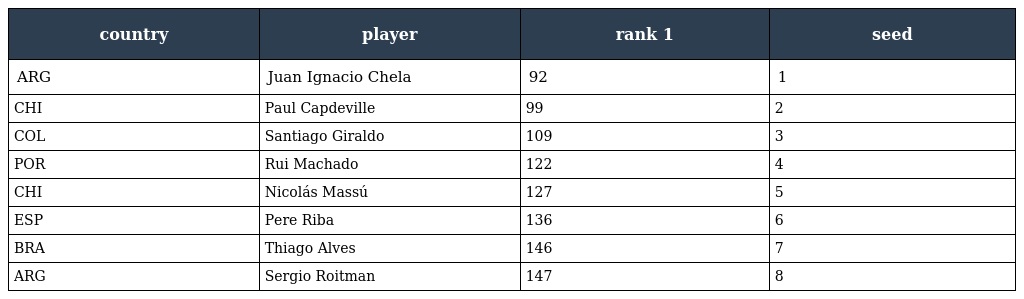
| country | player | rank 1 | seed |
 | --- | --- | --- | --- |
 | ARG | Juan Ignacio Chela | 92 | 1 |
 | CHI | Paul Capdeville | 99 | 2 |
 | COL | Santiago Giraldo | 109 | 3 |
 | POR | Rui Machado | 122 | 4 |
 | CHI | Nicolás Massú | 127 | 5 |
 | ESP | Pere Riba | 136 | 6 |
 | BRA | Thiago Alves | 146 | 7 |
 | ARG | Sergio Roitman | 147 | 8 |